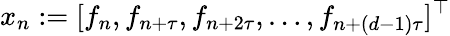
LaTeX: x_{n}:=[f_{n},f_{n+\tau},f_{n+2\tau},\ldots,f_{n+(d-1)\tau}]^{\top}